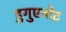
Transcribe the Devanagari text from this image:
हुगुएनोट